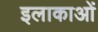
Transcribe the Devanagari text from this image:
इलाकाओं